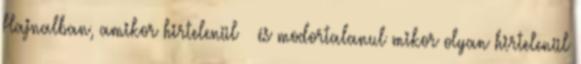
Hajnalban, amikor hirtelenül – és modortalanul mikor olyan hirtelenül